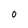
Character: 0